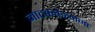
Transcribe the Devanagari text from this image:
नाटकवेड्यांना